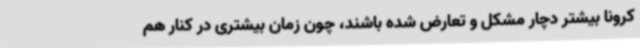
کرونا بیشتر دچار مشکل و تعارض شده باشند، چون زمان بیشتری در کنار هم